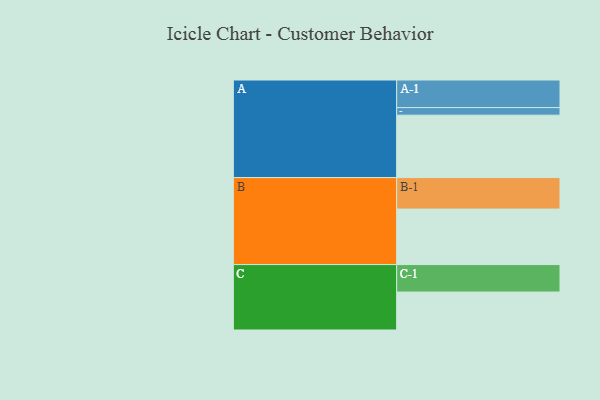
{"axis": {"x": "Segment", "y": "Value"}, "legend": ["", "A", "B", "C"], "data": [{"x": "A", "y": 559, "type": ""}, {"x": "B", "y": 497, "type": ""}, {"x": "C", "y": 340, "type": ""}, {"x": "A-1", "y": 247, "type": "A"}, {"x": "A-2", "y": 68, "type": "A"}, {"x": "B-1", "y": 282, "type": "B"}, {"x": "C-1", "y": 246, "type": "C"}]}